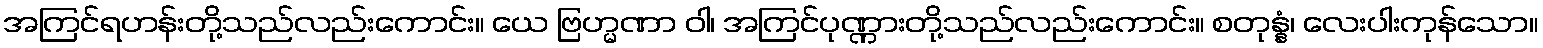
အကြင်ရဟန်းတို့သည်လည်းကောင်း။ ယေ ဗြဟ္မဏာ ဝါ၊ အကြင်ပုဏ္ဏားတို့သည်လည်းကောင်း။ စတုန္နံ၊ လေးပါးကုန်သော။